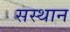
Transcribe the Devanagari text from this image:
सस्थान